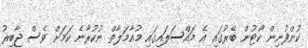
ކުންފުނިން ކޯޓުން ބޭރުގައި އެ މައްސަލައިގައި މުއާމަލާތް ނުކުރާނެ ކަމަށް ވެސް ޖާބިރު